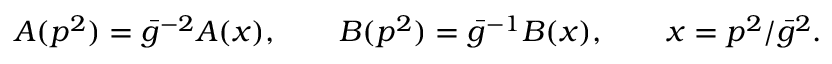
A ( p ^ { 2 } ) = \bar { g } ^ { - 2 } A ( x ) , \qquad B ( p ^ { 2 } ) = \bar { g } ^ { - 1 } B ( x ) , \qquad x = p ^ { 2 } / { \bar { g } ^ { 2 } } .